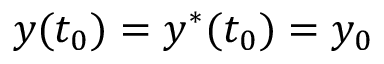
y ( t _ { 0 } ) = y ^ { * } ( t _ { 0 } ) = y _ { 0 }